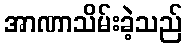
အာဏာသိမ်းခဲ့သည်